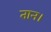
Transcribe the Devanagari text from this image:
तान।